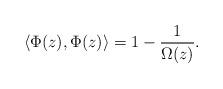
LaTeX: \begin{align*}\left\langle \Phi(z),\Phi(z)\right\rangle =1-\frac{1}{\Omega(z)}. \end{align*}